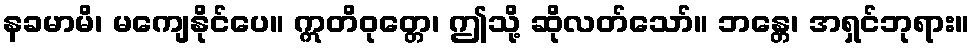
နခမာမိ၊ မကျေနိုင်ပေ။ ဣတိဝုတ္တေ၊ ဤသို့ ဆိုလတ်သော်။ ဘန္တေ၊ အရှင်ဘုရား။